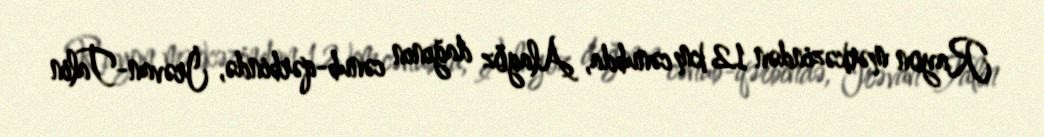
Rayon mərkəzindən 12 km cənubda, Alagöz dağının cənub-qərbində, İrəvan-Talin